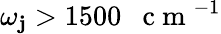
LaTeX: \omega_{\mathbf{j}}>1500\mathrm{{~~~c~m~}}^{-1}